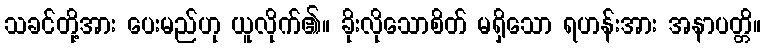
သခင်တို့အား ပေးမည်ဟု ယူလိုက်၏။ ခိုးလိုသောစိတ် မရှိသော ရဟန်းအား အနာပတ္တိ။